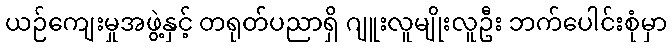
ယဉ်ကျေးမှုအဖွဲ့နှင့် တရုတ်ပညာရှိ ဂျူးလူမျိုးလူဦး ဘက်ပေါင်းစုံမှာ